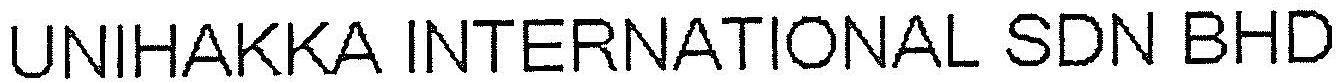
UNIHAKKA INTERNATIONAL SDN BHD